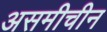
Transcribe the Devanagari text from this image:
असमीचीन